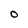
Character: 0